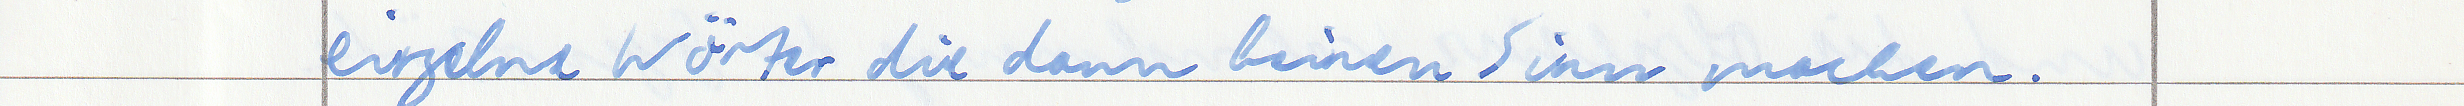
einzelne Wörter die dann keinen Sinn machen.